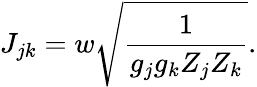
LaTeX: J_{jk}=w\sqrt{\frac{1}{g_{j}g_{k}Z_{j}Z_{k}}}.